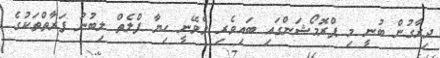
ދިރާގުން ބުނީ މި ޕްރޮމޯޝަންގައި ބައިވެރި ވެވޭނީ ހިޔާ ފްލެތް ލިބުނު ފަރާތްތަކުގެ